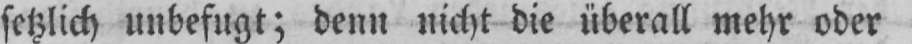
setzlich unbefugt; denn nicht die überall mehr oder